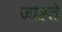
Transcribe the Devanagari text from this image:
जोह्ते